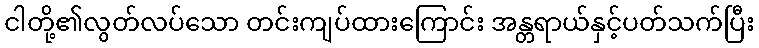
ငါတို့၏လွတ်လပ်သော တင်းကျပ်ထားကြောင်း အန္တရာယ်နှင့်ပတ်သက်ပြီး